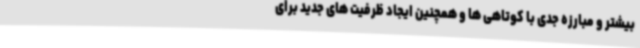
بیشتر و مبارزه جدی با کوتاهی ها و همچنین ایجاد ظرفیت های جدید برای